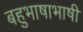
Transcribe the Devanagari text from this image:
बहुभाषाभाषी